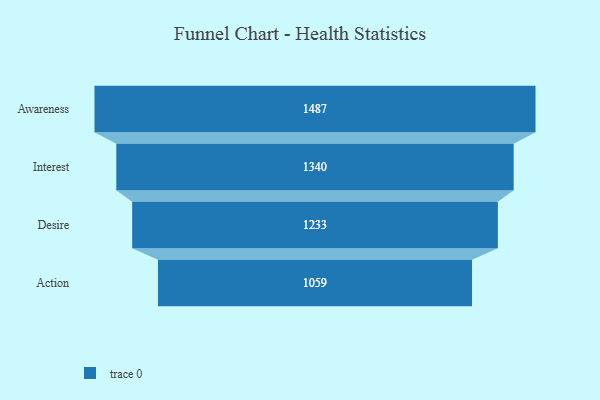
{"axis": {"x": "Stage", "y": "Value"}, "legend": [""], "data": [{"x": "Awareness", "y": 1487.0, "type": ""}, {"x": "Interest", "y": 1340.0, "type": ""}, {"x": "Desire", "y": 1233.0, "type": ""}, {"x": "Action", "y": 1059.0, "type": ""}]}